Annual administration and progress report of the Indian Medical Department, Bombay
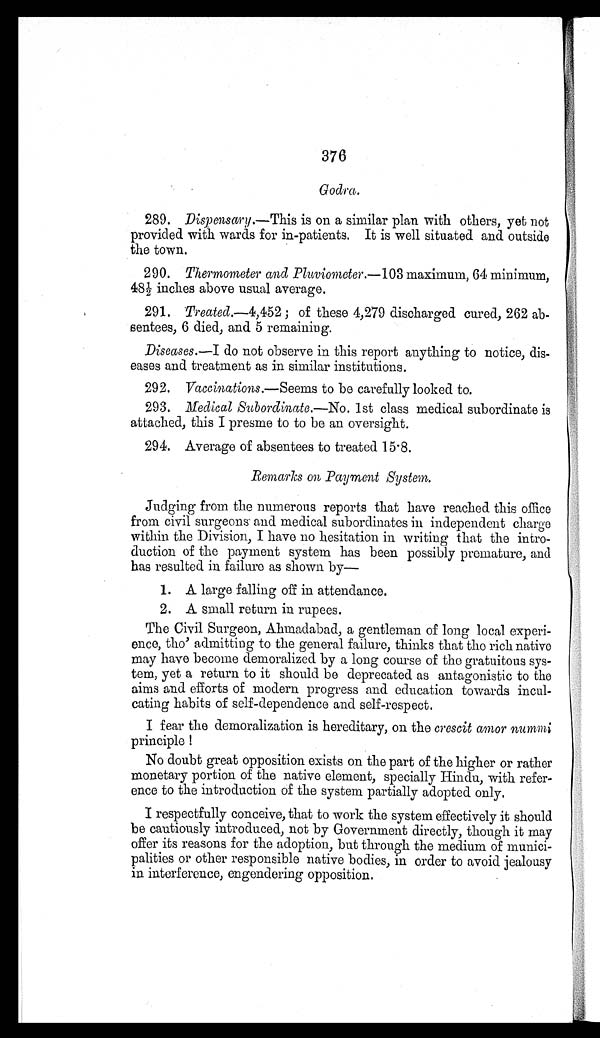
376
Godra.
289.
Dispensary.—This is on a similar plan with others, yet not
provided with wards for in-patients. It is well situated and outside
the town.
290.
Thermometer and Pluviometer.—103 maximum, 64 minimum,
48½ inches above usual average.
291. Treated.—4,452 ; of these 4,279 discharged cured, 262 ab
-sentees, 6 died, and 5 remaining.
Diseases.—I do not observe in this report anything to notice, dis
-eases and treatment as in similar institutions.
292. Vaccinations.— Seems to be carefully looked to.
293.
Medical Subordinate.—No. 1st class medical subordinate is
attached, this I presme to to be an oversight.
294. Average of absentees to treated 15.8.
Remarks on Payment System.
Judging from the numerous reports that have reached this office
from civil surgeons and medical subordinates in independent charge
within the Division, I have no hesitation in writing that the intro
-duction of the payment system has been possibly premature, and
has resulted in failure as shown by
—
1. A large falling off in attendance.
2. A small return in rupees.
The Civil Surgeon, Ahmadabad, a gentleman of long local experi
-ence, tho' admitting to the general failure, thinks that the rich native
may have become demoralized by a long course of the gratuitous sys
-tem, yet a return to it should be deprecated as antagonistic to the
aims and efforts of modern progress and education towards incul
-cating habits of self-dependence and self-respect.
I fear the demoralization is hereditary, on the crescit amor nummi
principle !
No doubt great opposition exists on the part of the higher or rather
monetary portion of the native element, specially Hindu, with refer
-ence to the introduction of the system partially adopted only.
I respectfully conceive, that to work the system effectively it should
be cautiously introduced, not by Government directly, though it may
offer its reasons for the adoption, but through the medium of munici
-palities or other responsible native bodies, in order to avoid jealousy
in interference, engendering opposition.